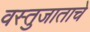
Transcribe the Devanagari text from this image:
वस्तुजाताचे